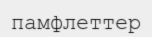
памфлеттер